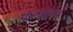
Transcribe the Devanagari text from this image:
कल्पांतात